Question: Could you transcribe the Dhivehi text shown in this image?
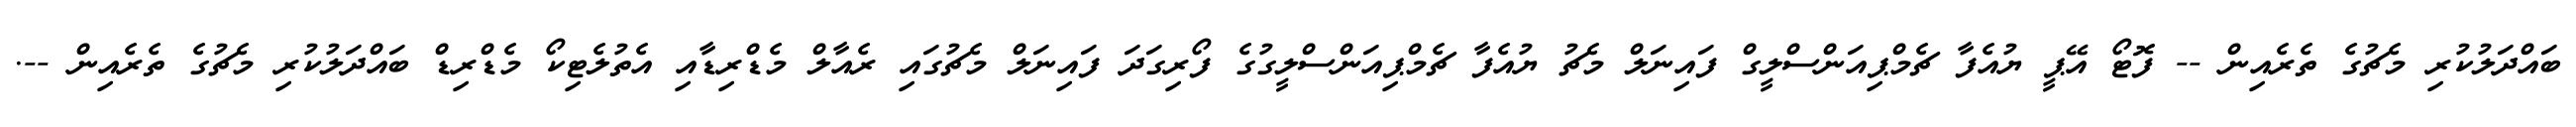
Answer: ބައްދަލުކުރި މެޗުގެ ތެރެއިން -- ފޮޓޯ އޭޕީ ޔުއެފާ ޗެމްޕިއަންސްލީގް ފައިނަލް މެޗު ޔުއެފާ ޗެމްޕިއަންސްލީގުގެ ފޯރިގަދަ ފައިނަލް މެޗުގައި ރެއާލް މެޑްރިޑާއި އެތުލެޓިކޯ މެޑްރިޑް ބައްދަލުކުރި މެޗުގެ ތެރެއިން --.